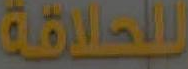
للحلاقة